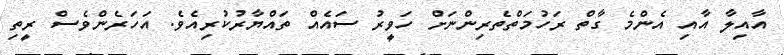
އާއިލާ އާއި އެންމެ ގާތް ރަހުމަތްތެރިންނަށް ހަވީރު ސައެއް ތައްޔާރުކުރިއެވެ. އަހަރެންވެސް ރީތި